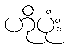
ဟိုပုံး